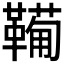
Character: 𫖉